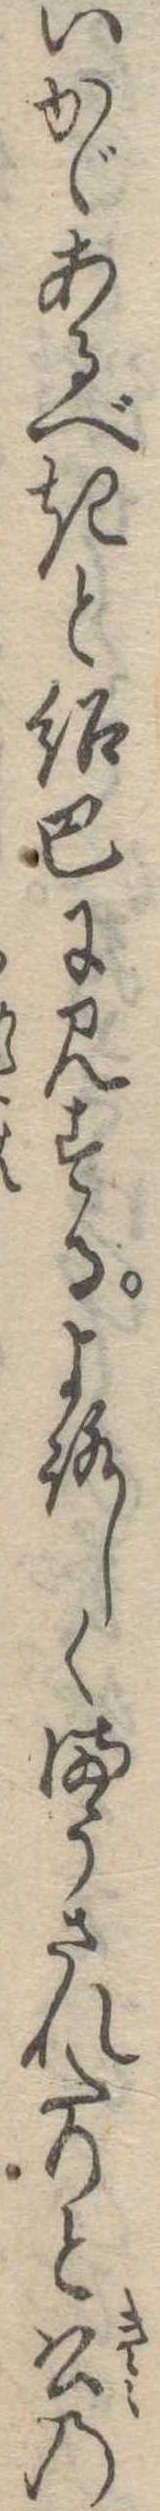
いかゞあるべきと紹巴に見するよろしくまうされたりと公の